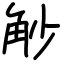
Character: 觘